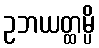
ဥဘယတ္ထမ္ပိ